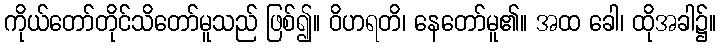
ကိုယ်တော်တိုင်သိတော်မူသည် ဖြစ်၍။ ဝိဟရတိ၊ နေတော်မူ၏။ အထ ခေါ၊ ထိုအခါ၌။